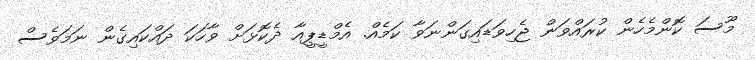
މޫސަ ކޮންމެހެން ކުރައްވަން ޖެހިވަޑައިގަންނަވާ ކަމެއް. އެމްޑީޕީއާ ދެކޮޅަށް ވާހަކަ ދައްކައިގެން ނަމަވެސް